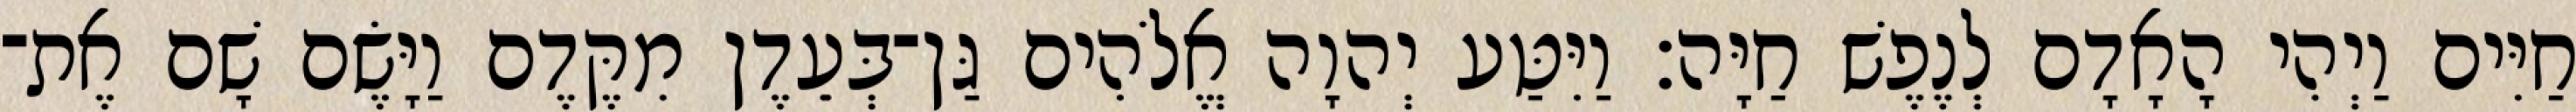
חַיִּים וַיְהִי הָאָדָם לְנֶפֶשׁ חַיָּה׃ וַיִּטַּע יְהוָה אֱלֹהִים גַּן־בְּעֵדֶן מִקֶּדֶם וַיָּשֶׂם שָׁם אֶת־